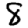
Digit: 8